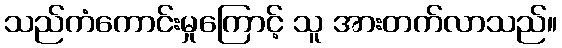
သည်ကံကောင်းမှုကြောင့် သူ အားတက်လာသည်။